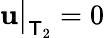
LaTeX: \mathbf{u}\bigr\rvert_{\mathsf{T}_{2}}=0